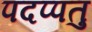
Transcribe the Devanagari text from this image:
पदप्पतु